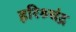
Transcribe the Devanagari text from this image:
हरिश्र्चंद्र